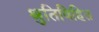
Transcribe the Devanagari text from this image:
श्रुतिविहित